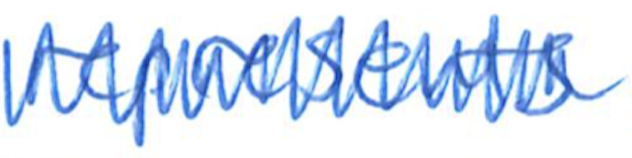
Text: represents
Cross-out: zig-zag
Writing tool: ballpoint